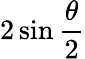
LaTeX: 2\sin{\frac{\theta}{2}}